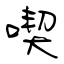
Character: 喫